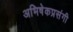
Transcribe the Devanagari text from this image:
अभिषेकप्रसंगी